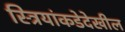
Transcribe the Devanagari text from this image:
स्त्रियांकडेदेखील